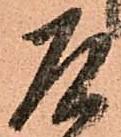
乍